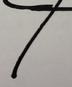
Signature authenticity: genuine